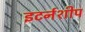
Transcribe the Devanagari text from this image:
इटर्नशीप